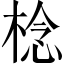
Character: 棯